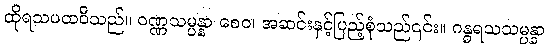
ထိုရသပထဝီသည်။ ဝဏ္ဏသမ္ပန္နာ စေဝ၊ အဆင်းနှင့်ပြည့်စုံသည်၎င်း။ ဂန္ဓရသသမ္ပန္နာ